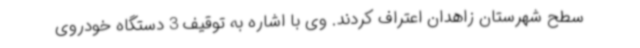
سطح شهرستان زاهدان اعتراف کردند. وی با اشاره به توقیف 3 دستگاه خودروی